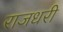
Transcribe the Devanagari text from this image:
राजधरी